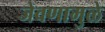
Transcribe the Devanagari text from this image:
जेवणामुळे